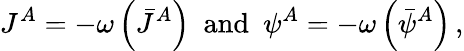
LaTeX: J^{A}=-\omega\left(\bar{J}^{A}\right)\ \ \mathrm{and}\ \ \psi^{A}=-\omega\left(\bar{\psi}^{A}\right)\, ,